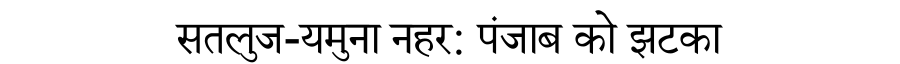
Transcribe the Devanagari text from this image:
सतलुज-यमुना नहर: पंजाब को झटका